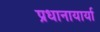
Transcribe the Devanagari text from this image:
प्रधानायार्या